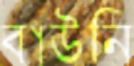
বাউনি